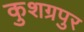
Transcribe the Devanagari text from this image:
कुशग्रपुर